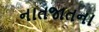
નાતજાતના